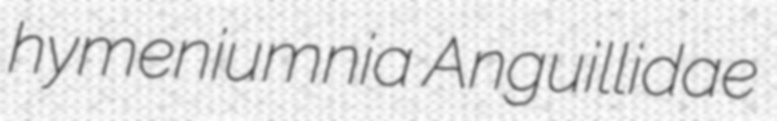
hymeniumnia Anguillidae